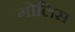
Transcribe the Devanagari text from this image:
गोलिस